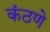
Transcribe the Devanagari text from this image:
कंठणे